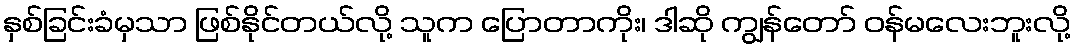
နှစ်ခြင်းခံမှသာ ဖြစ်နိုင်တယ်လို့ သူက ပြောတာကိုး၊ ဒါဆို ကျွန်တော် ဝန်မလေးဘူးလို့